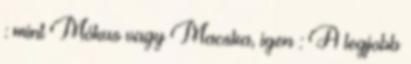
: mint Mókus vagy Macska, igen : A legjobb